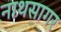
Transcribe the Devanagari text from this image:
नाथसागर